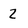
Character: 2